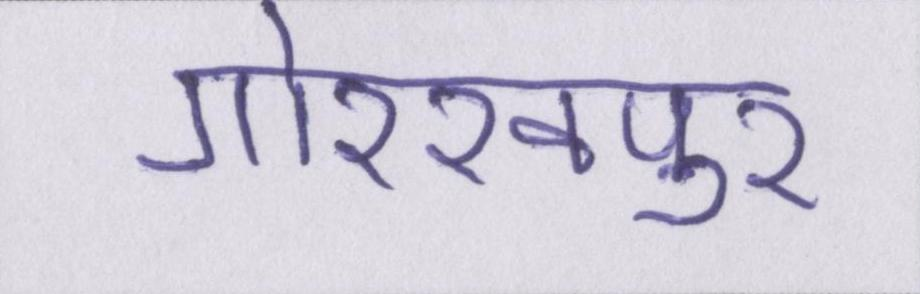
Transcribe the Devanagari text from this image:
गोरखपुर